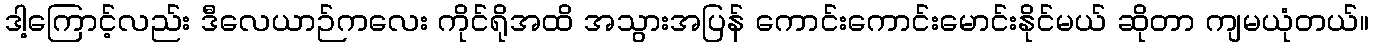
ဒါ့ကြောင့်လည်း ဒီလေယာဉ်ကလေး ကိုင်ရိုအထိ အသွားအပြန် ကောင်းကောင်းမောင်းနိုင်မယ် ဆိုတာ ကျမယုံတယ်။